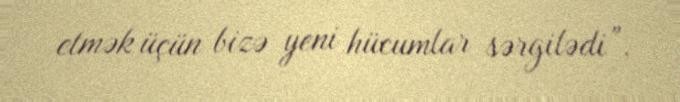
etmək üçün bizə yeni hücumlar sərgilədi”.